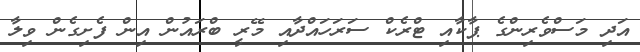
އަދި މަސްވެރިންގެ ޕާކާއި ޓްރެކް ސަރަހައްދާއި މޭރީ ބްރައުން އިން ފެށިގެން ވިލާ